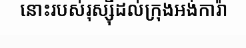
នោះរបស់រុស្ស៊ីដល់ក្រុងអង់ការ៉ា